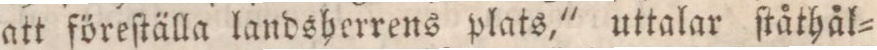
att föreſtälla landsherrens plats," uttalar ſtåthål=